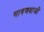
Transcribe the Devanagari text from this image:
भाषणबाजी